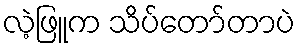
လဲ့ဖြူက သိပ်တော်တာပဲ